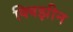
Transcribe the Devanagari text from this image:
क्विझीन